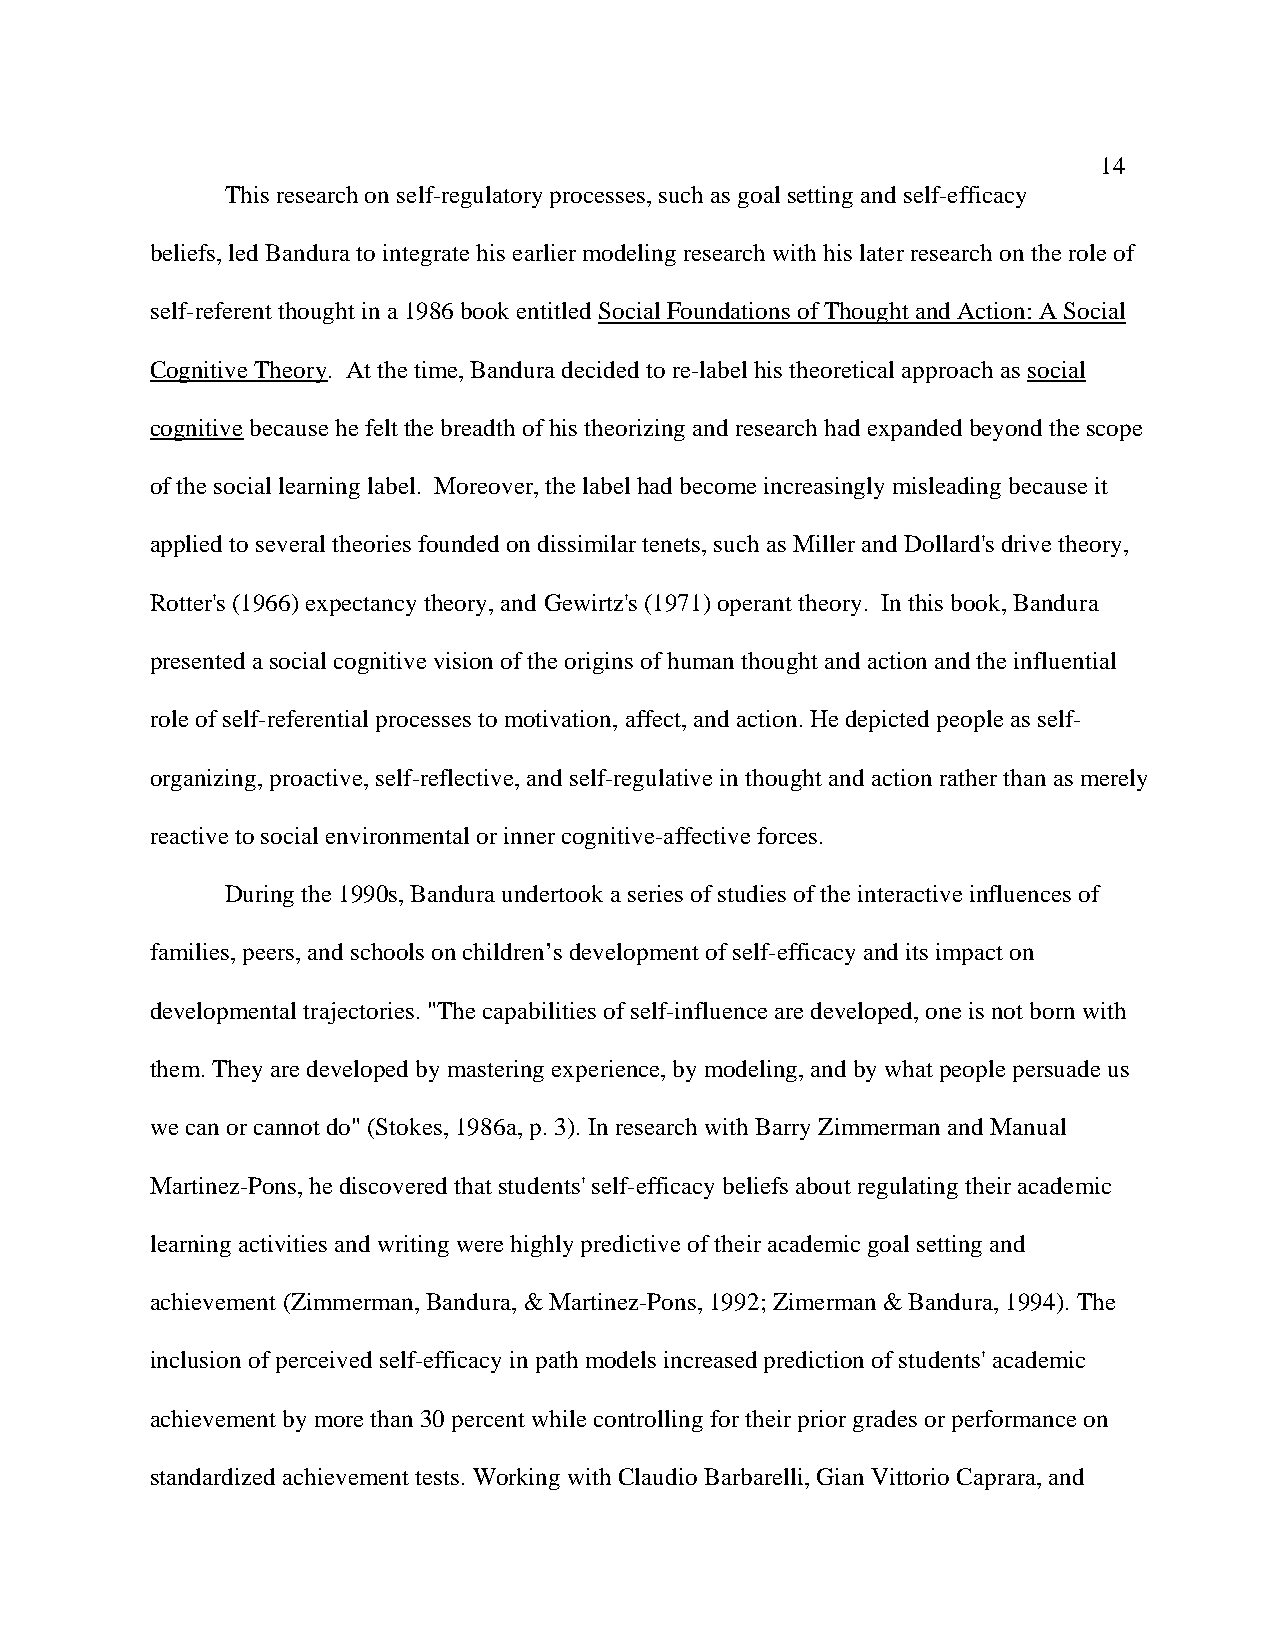
14
 This research on self-regulatory processes, such as goal setting and self-efficacy
 beliefs, led Bandura to integrate his earlier modeling research with his later research on the role of
 self-referent thought in a 1986 book entitled Social Foundations of Thought and Action: A Social
 Cognitive Theory. At the time, Bandura decided to re-label his theoretical approach as social
 cognitive because he felt the breadth of his theorizing and research had expanded beyond the scope
 of the social learning label. Moreover, the label had become increasingly misleading because it
 applied to several theories founded on dissimilar tenets, such as Miller and Dollard's drive theory,
 Rotter's (1966) expectancy theory, and Gewirtz's (1971) operant theory. In this book, Bandura
 presented a social cognitive vision of the origins of human thought and action and the influential
 role of self-referential processes to motivation, affect, and action. He depicted people as self-
 organizing, proactive, self-reflective, and self-regulative in thought and action rather than as merely
 reactive to social environmental or inner cognitive-affective forces.
 During the 1990s, Bandura undertook a series of studies of the interactive influences of
 families, peers, and schools on children’s development of self-efficacy and its impact on
 developmental trajectories. "The capabilities of self-influence are developed, one is not born with
 them. They are developed by mastering experience, by modeling, and by what people persuade us
 we can or cannot do" (Stokes, 1986a, p. 3). In research with Barry Zimmerman and Manual
 Martinez-Pons, he discovered that students' self-efficacy beliefs about regulating their academic
 learning activities and writing were highly predictive of their academic goal setting and
 achievement (Zimmerman, Bandura, & Martinez-Pons, 1992; Zimerman & Bandura, 1994). The
 inclusion of perceived self-efficacy in path models increased prediction of students' academic
 achievement by more than 30 percent while controlling for their prior grades or performance on
 standardized achievement tests. Working with Claudio Barbarelli, Gian Vittorio Caprara, and